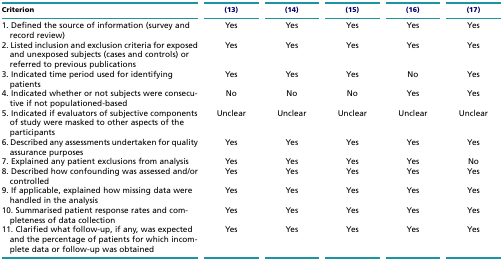
<table><thead><tr><td><b>Criterion</b></td><td><b>(13)</b></td><td><b>(14)</b></td><td><b>(15)</b></td><td><b>(16)</b></td><td><b>(17)</b></td></tr></thead><tbody><tr><td>1. Defined the source of information (survey and record review)</td><td>Yes</td><td>Yes</td><td>Yes</td><td>Yes</td><td>Yes</td></tr><tr><td>2. Listed inclusion and exclusion criteria for exposed and unexposed subjects (cases and controls) or referred to previous publications</td><td>Yes</td><td>Yes</td><td>Yes</td><td>Yes</td><td>Yes</td></tr><tr><td>3. Indicated time period used for identifying patients</td><td>Yes</td><td>Yes</td><td>Yes</td><td>No</td><td>Yes</td></tr><tr><td>4. Indicated whether or not subjects were consecutive if not populationed-based</td><td>No</td><td>No</td><td>No</td><td>Yes</td><td>Yes</td></tr><tr><td>5. Indicated if evaluators of subjective components of study were masked to other aspects of the participants</td><td>Unclear</td><td>Unclear</td><td>Unclear</td><td>Unclear</td><td>Unclear</td></tr><tr><td>6. Described any assessments undertaken for quality assurance purposes</td><td>Yes</td><td>Yes</td><td>Yes</td><td>Yes</td><td>Yes</td></tr><tr><td>7. Explained any patient exclusions from analysis</td><td>Yes</td><td>Yes</td><td>Yes</td><td>Yes</td><td>No</td></tr><tr><td>8. Described how confounding was assessed and/or controlled</td><td>Yes</td><td>Yes</td><td>Yes</td><td>Yes</td><td>Yes</td></tr><tr><td>9. If applicable, explained how missing data were handled in the analysis</td><td>Yes</td><td>Yes</td><td>Yes</td><td>Yes</td><td>Yes</td></tr><tr><td>10. Summarised patient response rates and completeness of data collection</td><td>Yes</td><td>Yes</td><td>Yes</td><td>Yes</td><td>Yes</td></tr><tr><td>11. Clarified what follow-up, if any, was expected and the percentage of patients for which incomplete data or follow-up was obtained</td><td>Yes</td><td>Yes</td><td>Yes</td><td>Yes</td><td>Yes</td></tr></tbody></table>